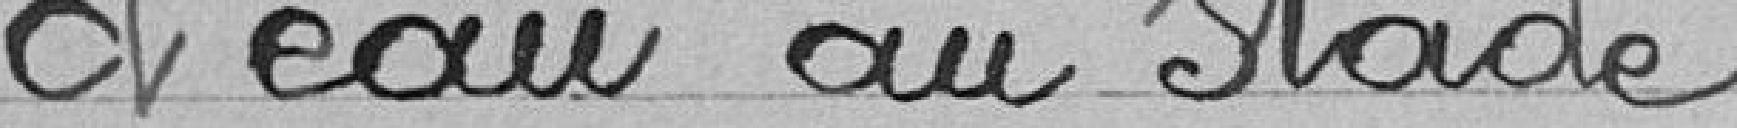
d'eau au stade